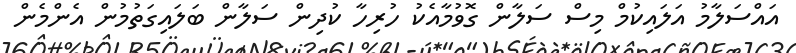
އައްސަލާމު އަލައިކުމް މިސް ސަލާން ގޮވުމާއެކު ހުރިހާ ކުދިން ސަލާން ބަލައިގަތުމުން އެންމެން